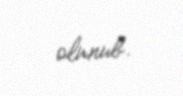
olunub.